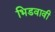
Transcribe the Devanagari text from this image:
भिडवावी